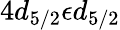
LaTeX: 4d_{5/2}\epsilon d_{5/2}